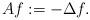
LaTeX: \begin{align*}Af:= -\Delta f.\end{align*}